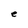
Character: e